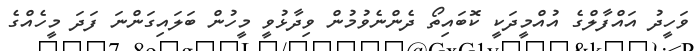
ވަހީދު އައްފާލްގެ އުއްމީދަކީ ކޮބައިތޯ ދެންނެވުމުން ވިދާޅުވީ މީހުން ބަލައިގަންނަ ފަދަ މީހެއްގެ